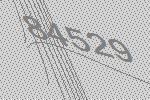
84529